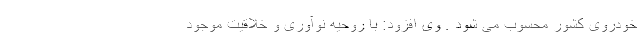
خودروی کشور محسوب می شود . وی افزود: با روحیه نوآوری و خلاقیت موجود